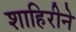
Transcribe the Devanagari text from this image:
शाहिरीने